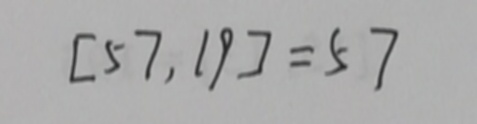
[ 5 7 , 1 9 ] = 5 7